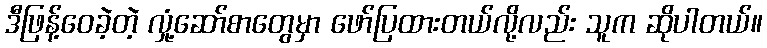
ဒီဖြန့်ဝေခဲ့တဲ့ လှုံ့ဆော်စာတွေမှာ ဖော်ပြထားတယ်လို့လည်း သူက ဆိုပါတယ်။